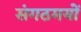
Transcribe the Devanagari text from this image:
संगठमयों